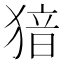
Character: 𤟟